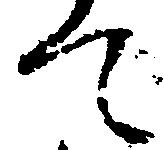
て